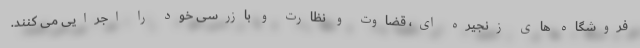
فروشگاه های زنجیره ای، قضاوت و نظارت و بازرسی خود را اجرایی می کنند.